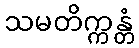
သမတိက္ကန္တံ